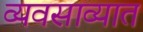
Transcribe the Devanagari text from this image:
व्यवसाव्यात